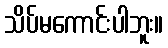
သိပ်မကောင်းပါဘူး။